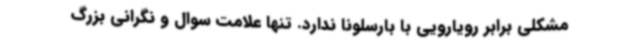
مشکلی برابر رویارویی با بارسلونا ندارد. تنها علامت سوال و نگرانی بزرگ